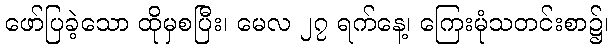
ဖော်ပြခဲ့သော ထိုမှစပြီး၊ မေလ ၂၇ ရက်နေ့၊ ကြေးမုံသတင်းစာ၌၊